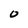
Character: O